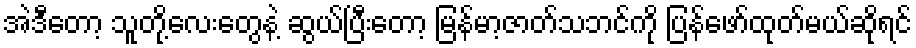
အဲဒီတော့ သူတို့လေးတွေနဲ့ ဆွယ်ပြီးတော့ မြန်မာ့ဇာတ်သဘင်ကို ပြန်ဖော်ထုတ်မယ်ဆိုရင်